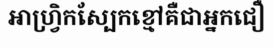
អាហ្វ្រិកស្បែកខ្មៅគឺជាអ្នកជឿ